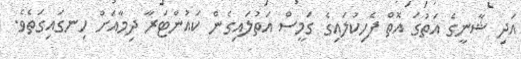
އަދި ޝާނީގެ އަތުގަ އޮތް ފެހިކުލައިގެ ގަމީސް އަތުލައިގެން ކައުންޓަރާ ދިމާއަށް ހިނގައިގަތެވެ.